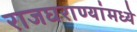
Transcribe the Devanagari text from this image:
राजघराण्यांमध्ये